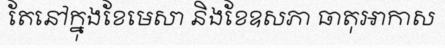
តែនៅក្នុងខែមេសា និងខែឧសភា ធាតុអាកាស